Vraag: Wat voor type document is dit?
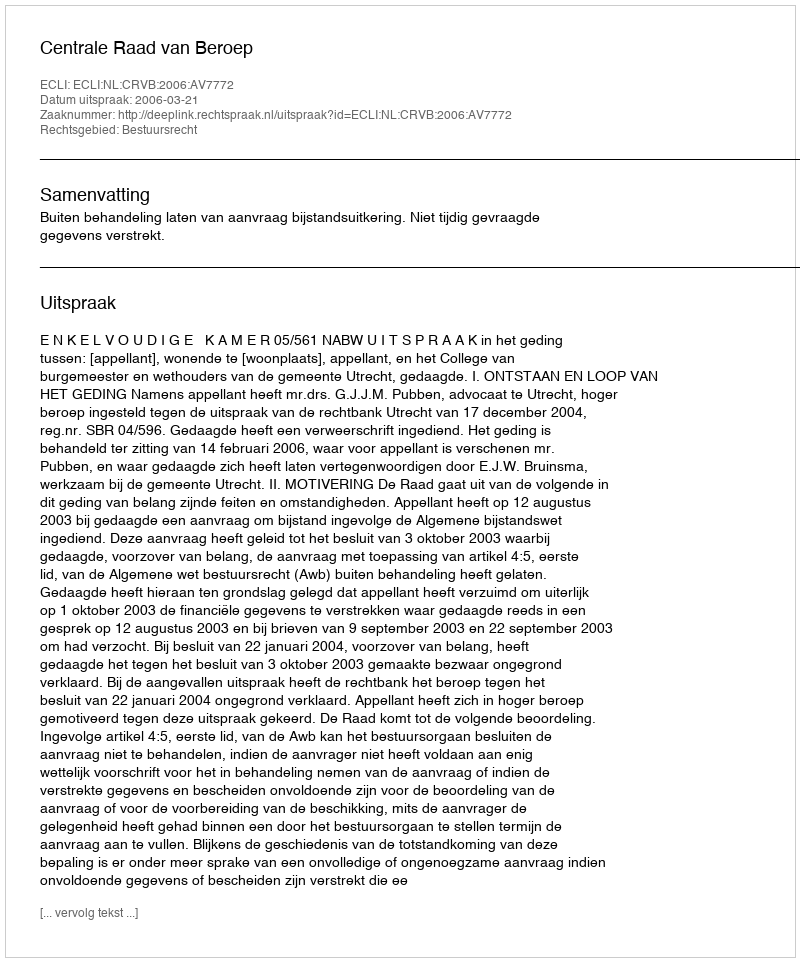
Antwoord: Uitspraak